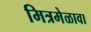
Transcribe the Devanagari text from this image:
मित्रमेळावा